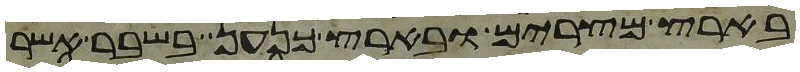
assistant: בארץ מצרים ובארץ כנען בשבר אשר